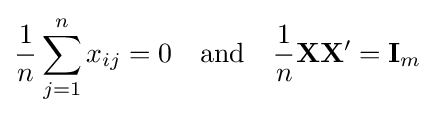
{\frac {1}{n}}\sum _{j=1}^{n}x_{ij}=0\quad {\text{and}}\quad {\frac {1}{n}}\mathbf {X} {\mathbf {X} }^{\prime }=\mathbf {I} _{m}